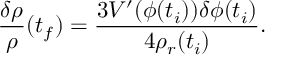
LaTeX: \frac { \delta \rho } { \rho } ( t _ { f } ) = \frac { 3 V ^ { \prime } ( \phi ( t _ { i } ) ) \delta \phi ( t _ { i } ) } { 4 \rho _ { r } ( t _ { i } ) } .